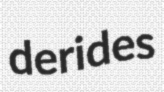
derides